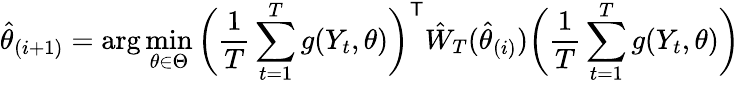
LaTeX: {\hat{\theta}}_{(i+1)}=\arg\operatorname*{min}_{\theta\in\Theta}{\bigg(}{\frac{1}{T}}\sum_{t=1}^{T}g(Y_{t},\theta){\bigg)}^{\mathsf{T}}{\hat{W}}_{T}({\hat{\theta}}_{(i)}){\bigg(}{\frac{1}{T}}\sum_{t=1}^{T}g(Y_{t},\theta){\bigg)}